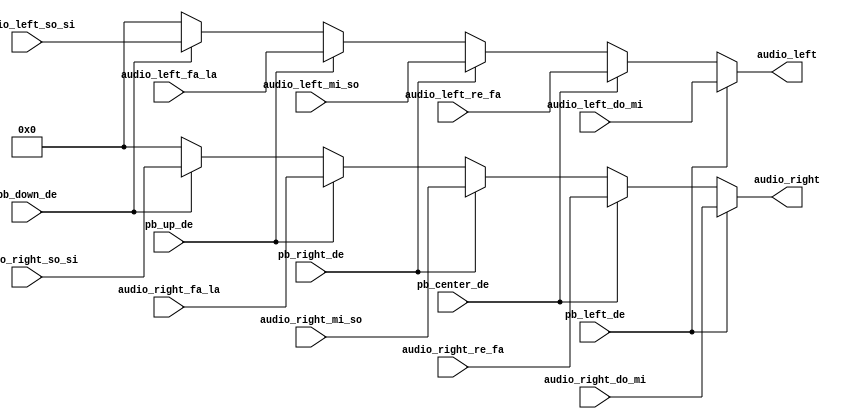
`timescale 1ns / 1ps
//////////////////////////////////////////////////////////////////////////////////
// Company: 
// Engineer: 
// 
// Design Name: 
// Module Name: audio_selector
// Project Name: 
// Target Devices: 
// Tool Versions: 
// Description: 
// 
// Dependencies: 
// 
// Revision:
// Revision 0.01 - File Created
// Additional Comments:
// 
//////////////////////////////////////////////////////////////////////////////////


module audio_selector(
    input [15:0] audio_left_do_mi,
    input [15:0] audio_left_re_fa,
    input [15:0] audio_left_mi_so,
    input [15:0] audio_left_fa_la,
    input [15:0] audio_left_so_si,
    input [15:0] audio_right_do_mi,
    input [15:0] audio_right_re_fa,    
    input [15:0] audio_right_mi_so,
    input [15:0] audio_right_fa_la,
    input [15:0] audio_right_so_si,
    output reg [15:0] audio_left,
    output reg [15:0] audio_right,
    input pb_left_de,
    input pb_center_de,
    input pb_right_de,
    input pb_up_de,
    input pb_down_de
    );
    
    always @*
        if (pb_left_de) begin
            audio_left = audio_left_do_mi;
            audio_right = audio_right_do_mi;
        end
        else if (pb_center_de) begin
            audio_left = audio_left_re_fa;
            audio_right = audio_right_re_fa;
        end
        else if (pb_right_de) begin
            audio_left = audio_left_mi_so;
            audio_right = audio_right_mi_so;
        end
        else if (pb_up_de) begin
            audio_left = audio_left_fa_la;
            audio_right = audio_right_fa_la;
        end
        else if (pb_down_de) begin
            audio_left = audio_left_so_si;
            audio_right = audio_right_so_si;
        end
        else begin
            audio_left = 16'd0;
            audio_right = 16'd0;
        end
    
endmodule